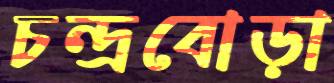
চন্দ্রবোড়া